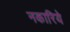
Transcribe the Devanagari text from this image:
नकारिये